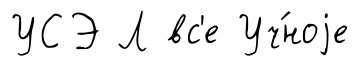
УСЭ Л вс'е Уч́ноjе